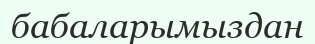
бабаларымыздан